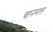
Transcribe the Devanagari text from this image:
चानमल